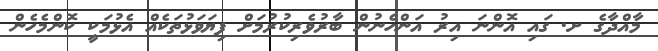
މާއްދާގެ ށ. ގައި އޮންނަ އިރު އަންހެނުން ބާރުވެރިކުރުމަށް ފިޔަވަޅުތަކެއް އެޅުމަކީ ކޮންމެހެން